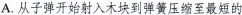
A.从子弹开始射入木块到弹簧压缩至最短的